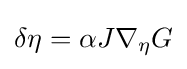
\delta \eta =\alpha J\nabla _{\eta }G